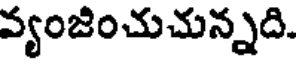
వ్యంజించుచున్నది.